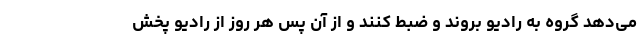
می‌دهد گروه به رادیو بروند و ضبط کنند و از آن پس هر روز از رادیو پخش